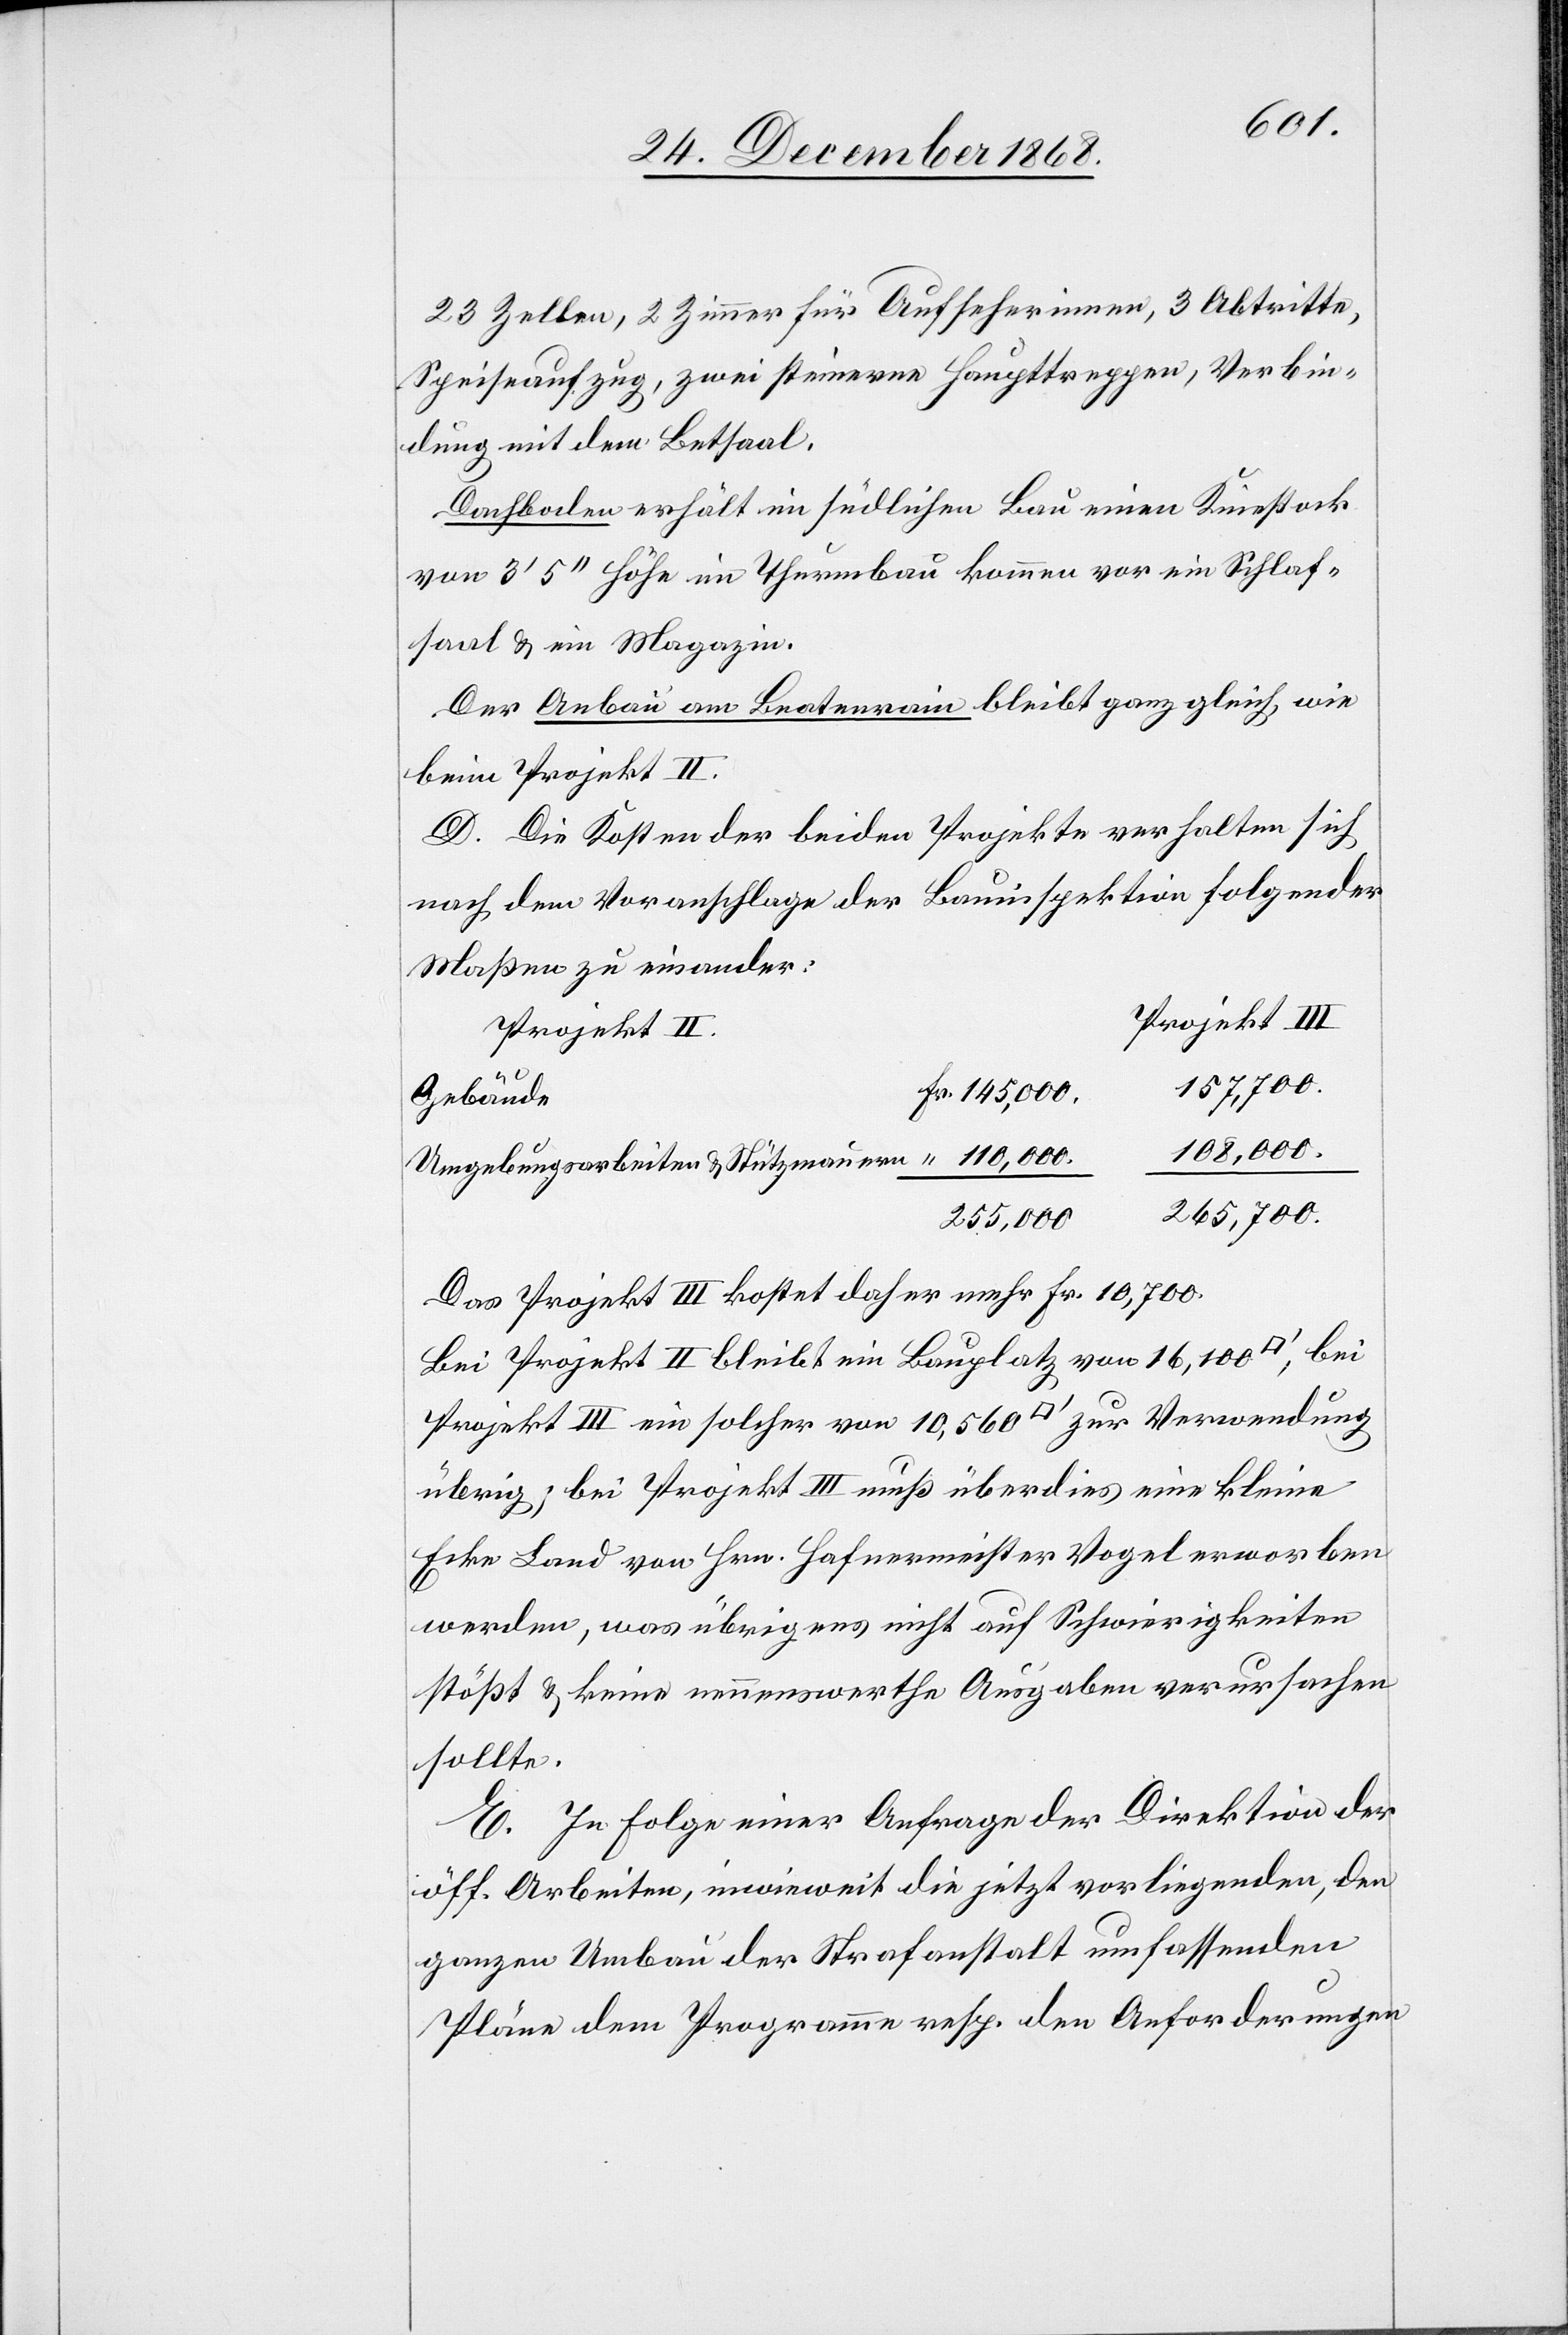
23 Zellen, 2 Zimmer für Aufseherinnen, 3 Abtritte,
Speiseaufzug, zwei steinerne Haupttreppen, Verbin¬
dung mit dem Betsaal.
Dachboden erhält im südlichen Bau einen Kniestock
von 3‘ 5‘‘ Höhe im Thurmbau kommen vor ein Schlaf¬
saal & ein Magazin.
Der Anbau am Beatenrain bleibt ganz gleich wie
beim Projekt II.
D. Die Kosten der beiden Projekte verhalten sich
nach dem Voranschlage der Bauinspektion folgender
Maßen zu einander:
Projekt III
157,700.
Fr. 145,000.
Gebäude
108,000.
Umgebungsarbeiten & Stützmauern
265,700.
255,000
Das Projekt III kostet daher mehr Fr. 10,700.
Bei Projekt II bleibt ein Bauplatz von 16,100
bei
Projekt III ein solcher von 10,560 [Quadratfuß] zur Verwendung
übrig; bei Projekt III muß überdies eine kleine
Ecke Land von Hrn. Hafnermeister Vogel erworben
werden, was übrigens nicht auf Schwierigkeiten
stößt & keine nennenswerthe Ausgaben verursachen
sollte.
E. In Folge einer Anfrage der Direktion der
öff. Arbeiten, inwieweit die jetzt vorliegenden, den
ganzen Umbau der Strafanstalt umfassenden
Pläne dem Programme resp. den Anforderungen